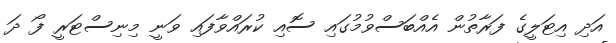
އަދި އިޓަލީގެ ފަރާތުން އެއްބަސްވުމުގައި ސޮއި ކުރައްވާފައި ވަނީ މިނިސްޓަރީ ފޯ ދަ